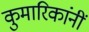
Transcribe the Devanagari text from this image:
कुमारिकांनीं